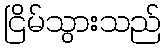
ငြိမ်သွားသည်